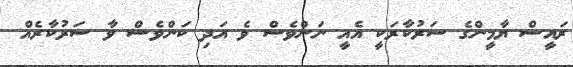
ރައީސް ޔާމީންގެ ސަރުކާރަކީ އެއީ ނަންވެސް ވެ އަދި ކަންވެސް ވާ ސަރުކާރެއް